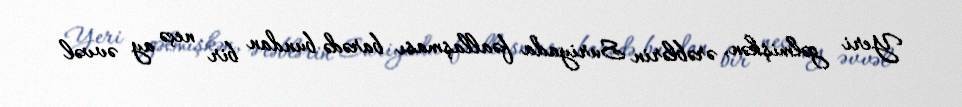
Yeri gəlmişkən, ərəblərin Suriyada fəallaşması barədə bundan bir neçə ay əvvəl